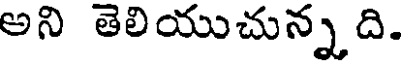
అని తెలియుచున్నది.